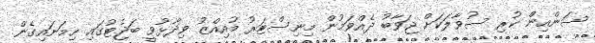
ސަންއިން ކުރި ސުވާލަކަށް ޖަވާބު ދެއްވަމުން މިނިސްޓަރު މުއިއްޒު ވިދާޅުވީ ބަޖެޓުގައި ހިމަނައިގެން